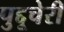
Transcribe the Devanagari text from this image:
पुद्दूचेरी